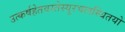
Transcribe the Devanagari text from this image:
उत्कर्षहेतवस्तेस्युरचलस्थितयो